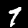
Label: 7